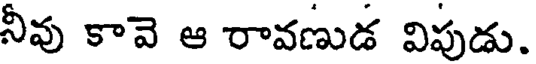
నీవు కావె ఆ రావణుడ విపుడు.